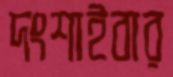
দংশাইবার